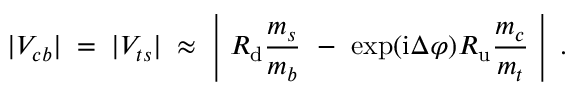
| V _ { c b } | \; = \; | V _ { t s } | \; \approx \; \left| ~ R _ { \mathrm { d } } \frac { m _ { s } } { m _ { b } } ~ - ~ \exp ( \mathrm { i } \Delta \varphi ) R _ { \mathrm { u } } \frac { m _ { c } } { m _ { t } } ~ \right| \; .